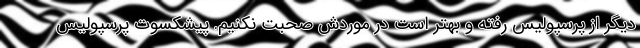
دیگر از پرسپولیس رفته و بهتر است در موردش صحبت نکنیم. پیشکسوت پرسپولیس